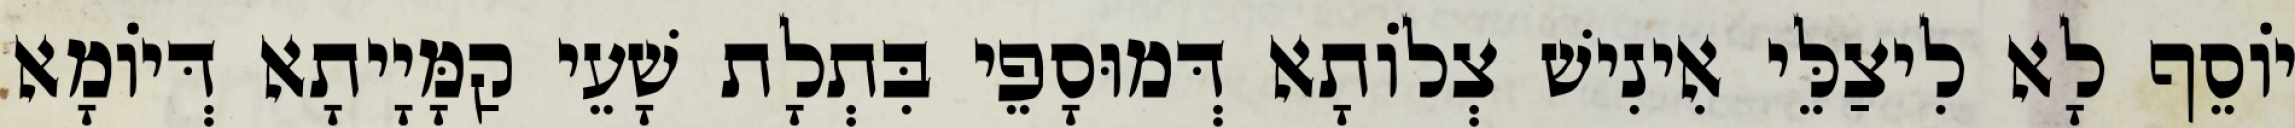
יוֹסֵף לָא לִיצַלֵּי אִינִישׁ צְלוֹתָא דְּמוּסָפֵי בִּתְלָת שָׁעֵי קַמָּיָיתָא דְּיוֹמָא